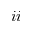
{ \romannumeral 2 }